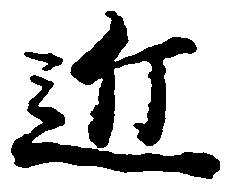
近